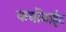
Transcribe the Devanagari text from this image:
कर्बोनाईट